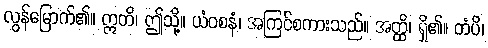
လွန်မြောက်၏။ ဣတိ၊ ဤသို့။ ယံဝစနံ၊ အကြင်စကားသည်။ အတ္ထိ၊ ရှိ၏။ တံပိ၊